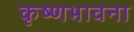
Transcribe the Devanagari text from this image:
कृष्णभावना